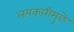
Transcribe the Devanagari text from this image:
लयकारीमुळे